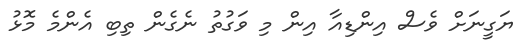
ޔަގީނަށް ވެސް އިންޑިއާ އިން މި ވަގުތު ނެގެން ތިބި އެންމެ މޮޅު